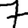
Digit: 7